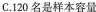
C.120名是样本容量